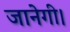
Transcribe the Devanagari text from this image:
जानेगी।